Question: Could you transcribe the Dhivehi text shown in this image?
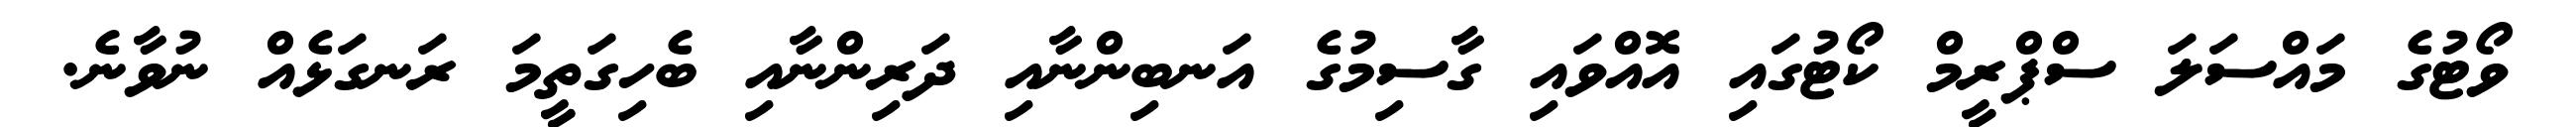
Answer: ވޯޓުގެ މައްސަލަ ސްޕްރީމް ކޯޓުގައި އޮއްވައި ގާސިމުގެ އަނބިންނާއި ދަރިންނާއި ބެހިގަތީމަ ރަނގަޅެއް ނުވާނެ.